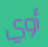
أوي